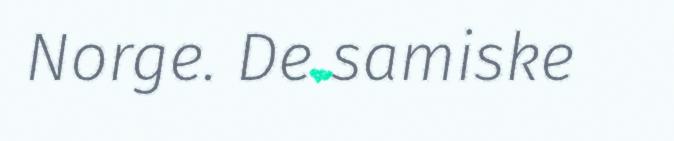
Norge. De samiske